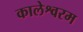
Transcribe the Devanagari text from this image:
कालेश्वरम